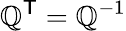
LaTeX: \mathbb{Q}^{\textsf{{T}}}=\mathbb{Q}^{-1}